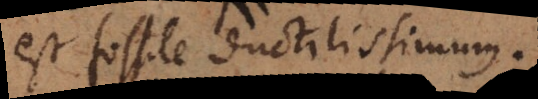
est fossile ductilissimum.